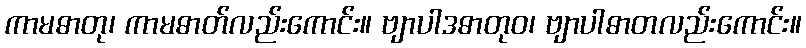
ကာမဓာတု၊ ကာမဓာတ်လည်းကောင်း။ ဗျာပါဒဓာတုဝ၊ ဗျာပါဓာတလည်းကောင်း။